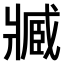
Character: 𤖔